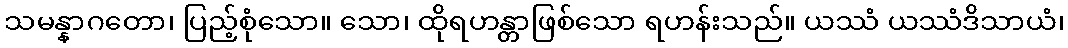
သမန္နာဂတော၊ ပြည့်စုံသော။ သော၊ ထိုရဟန္တာဖြစ်သော ရဟန်းသည်။ ယဿံ ယဿံဒိသာယံ၊